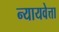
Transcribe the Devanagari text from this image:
न्यायवेत्ता